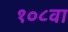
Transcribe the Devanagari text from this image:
१०८वा